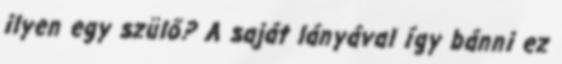
ilyen egy szülő? A saját lányával így bánni ez